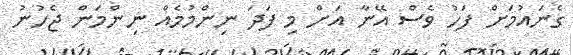
ގެނައުމަށް ފަހު ވެސް އޭނާ އަށް މި ފަދަ ނިންމުމެއް ނިންމަން ޖެހުނު